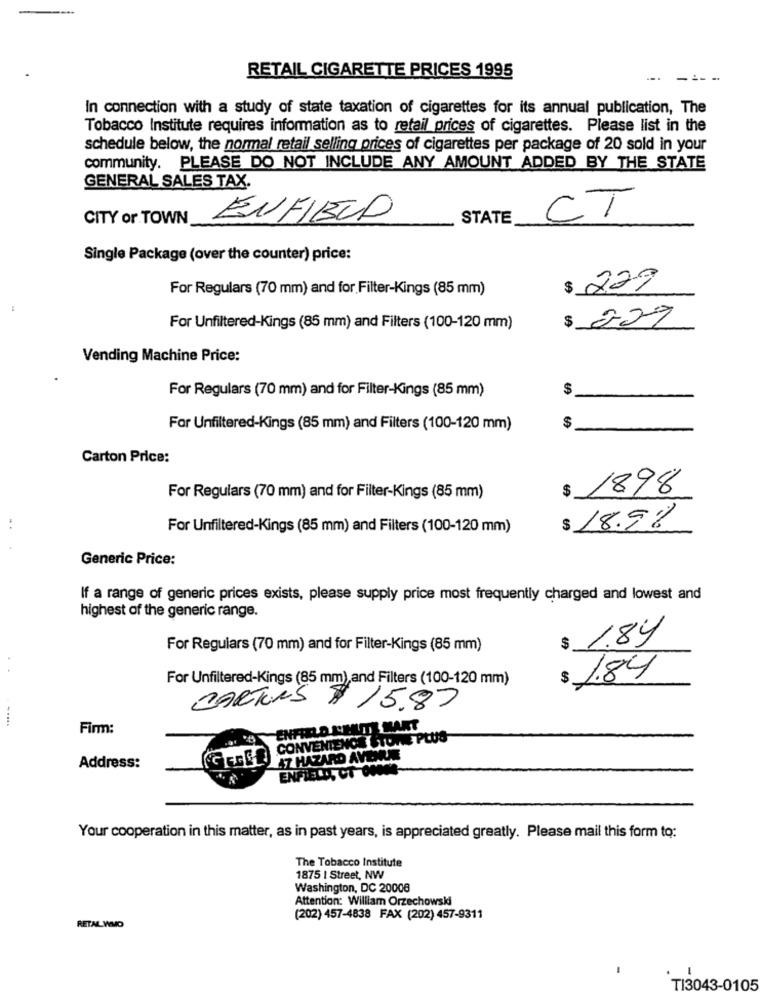
RETAIL CIGARETTE PRICES 1995
---
In connection with a study of state taxation of cigarettes for its annual publication, The
Tobacco Institute requires information as to retail prices of cigarettes. Please list in the
schedule below, the normal retail selling prices of cigarettes per package of 20 sold in your
community. PLEASE DO NOT INCLUDE ANY AMOUNT ADDED BY THE STATE
GENERAL SALES TAX.
CITY or TOWN
ENFIELD
STATE
CT
Single Package (over the counter) price:
For Regulars (70 mm) and for Filter-Kings (85 mm)
$ 229
$ 207
For Unfiltered-Kings (85 mm) and Filters (100-120 mm)
Vending Machine Price:
$
For Regulars (70 mm) and for Filter-Kings (85 mm)
For Unfiltered-Kings (85 mm) and Filters (100-120 mm)
$
Carton Price:
$
1898
For Regulars (70 mm) and for Filter-Kings (85 mm)
..
For Unfiltered-Kings (85 mm) and Filters (100-120 mm)
18.9%
Generic Price:
If a range of generic prices exists, please supply price most frequently charged and lowest and
highest of the generic range.
$ 1.84
For Regulars (70 mm) and for Filter-Kings (85 mm)
For Unfiltered-Kings (85 mm), and Filters (100-120 mm)
$ 1.84
CARTONS $ 15.87
Firm:
ENFIRLO D'HUITI MAKT
CONVENIENCE STORE PLUS
GESSLER HAZARD AVERE
Address:
ENFIELD CT OON
Your cooperation in this matter, as in past years, is appreciated greatly. Please mail this form to:
The Tobacco Institute
1875 | Street, NW
Washington, DC 20008
Attention: William Orzechowski
(202) 457-4838 FAX (202) 457-9311
RETAIL_ WMO
TI3043-0105